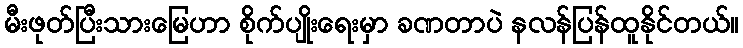
မီးဖုတ်ပြီးသားမြေဟာ စိုက်ပျိုးရေးမှာ ခဏတာပဲ နလန်ပြန်ထူနိုင်တယ်။